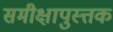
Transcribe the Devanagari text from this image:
समीक्षापुस्त्तक